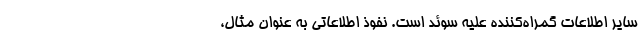
سایر اطلاعات گمراه‌کننده علیه سوئد است. نفوذ اطلاعاتی به عنوان مثال،